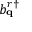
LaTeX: b _ { \mathbf { q } } ^ { r \dagger }